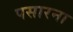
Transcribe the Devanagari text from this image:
पसारना